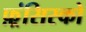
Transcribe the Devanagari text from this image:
फ़्रंसिस्को